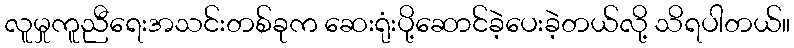
လူမှုကူညီရေးအသင်းတစ်ခုက ဆေးရုံးပို့ဆောင်ခဲ့ပေးခဲ့တယ်လို့ သိရပါတယ်။